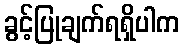
ခွင့်ပြုချက်ရရှိပါက